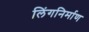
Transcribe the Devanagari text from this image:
लिंगनिर्माण